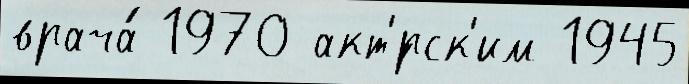
врача́ 1970 акт'́рск'им 1945